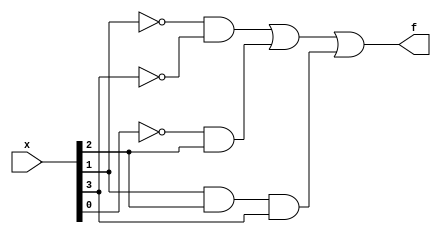
module top_module (
    input [4:1] x,
    output f
);
    // SOP
    assign f = (~x[2] & ~x[4]) | (~x[1] & x[3]) | (x[2] & x[3] & x[4]);
    // POS
    //assign f = (~x[2] | x[3]) & (~x[4] | x[3] ) & (~x[1] | ~x[2] | x[4] ) & (~x[1] | x[2] | ~x[4]);
endmodule